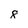
Character: 8